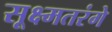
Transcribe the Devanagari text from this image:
सूक्ष्मतरंगे